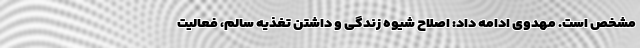
مشخص است. مهدوی ادامه داد: اصلاح شیوه زندگی و داشتن تغذیه سالم، فعالیت